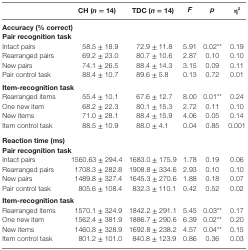
<table><thead><tr><td></td><td><b>CH (<i>n</i> = 14)</b></td><td><b>TDC (<i>n</i> = 14)</b></td><td><b><i>F</i></b></td><td><b><i>p</i></b></td><td><b>η<sup>2</sup></b></td></tr></thead><tbody><tr><td colspan="6"><b>Accuracy (% correct)</b><b>Pair recognition task</b></td></tr><tr><td>Intact pairs</td><td>58.5 ± 18.9</td><td>72.9 ± 11.8</td><td>5.91</td><td>0.02**</td><td>0.19</td></tr><tr><td>Rearranged pairs</td><td>69.2 ± 23.0</td><td>80.7 ± 10.6</td><td>2.87</td><td>0.10</td><td>0.10</td></tr><tr><td>New pairs</td><td>74.1 ± 26.5</td><td>88.4 ± 14.3</td><td>3.15</td><td>0.09</td><td>0.11</td></tr><tr><td>Pair control task</td><td>88.4 ± 10.7</td><td>89.6 ± 5.8</td><td>0.13</td><td>0.72</td><td>0.01</td></tr><tr><td colspan="6"><b>Item-recognition task</b></td></tr><tr><td>Rearranged items</td><td>55.4 ± 10.1</td><td>67.6 ± 12.7</td><td>8.00</td><td>0.01**</td><td>0.24</td></tr><tr><td>One new item</td><td>68.2 ± 22.3</td><td>80.1 ± 15.3</td><td>2.72</td><td>0.11</td><td>0.10</td></tr><tr><td>New items</td><td>71.0 ± 28.1</td><td>88.4 ± 15.9</td><td>4.06</td><td>0.05</td><td>0.14</td></tr><tr><td>Item control task</td><td>88.5 ± 10.9</td><td>88.0 ± 4.1</td><td>0.04</td><td>0.85</td><td>0.001</td></tr><tr><td colspan="6"><b>Reaction time (ms)</b><b>Pair recognition task</b></td></tr><tr><td>Intact pairs</td><td>1560.63 ± 294.4</td><td>1683.0 ± 175.9</td><td>1.78</td><td>0.19</td><td>0.06</td></tr><tr><td>Rearranged pairs</td><td>1708.3 ± 282.8</td><td>1908.8 ± 334.6</td><td>2.93</td><td>0.10</td><td>0.10</td></tr><tr><td>New pairs</td><td>1489.8 ± 327.4</td><td>1645.3 ± 270.6</td><td>1.88</td><td>0.18</td><td>0.07</td></tr><tr><td>Pair control task</td><td>805.6 ± 108.4</td><td>832.3 ± 110.1</td><td>0.42</td><td>0.52</td><td>0.02</td></tr><tr><td colspan="5"><b>Item-recognition task</b></td><td></td></tr><tr><td>Rearranged items</td><td>1570.1 ± 324.9</td><td>1842.2 ± 291.1</td><td>5.45</td><td>0.03**</td><td>0.17</td></tr><tr><td>One new item</td><td>1562.4 ± 381.9</td><td>1886.7 ± 290.6</td><td>6.39</td><td>0.02**</td><td>0.20</td></tr><tr><td>New items</td><td>1460.8 ± 328.9</td><td>1692.8 ± 238.2</td><td>4.57</td><td>0.04**</td><td>0.15</td></tr><tr><td>Item control task</td><td>801.2 ± 101.0</td><td>840.8 ± 123.9</td><td>0.86</td><td>0.36</td><td>0.03</td></tr></tbody></table>